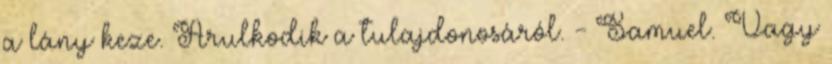
a lány keze. Árulkodik a tulajdonosáról. - Samuel. Vagy